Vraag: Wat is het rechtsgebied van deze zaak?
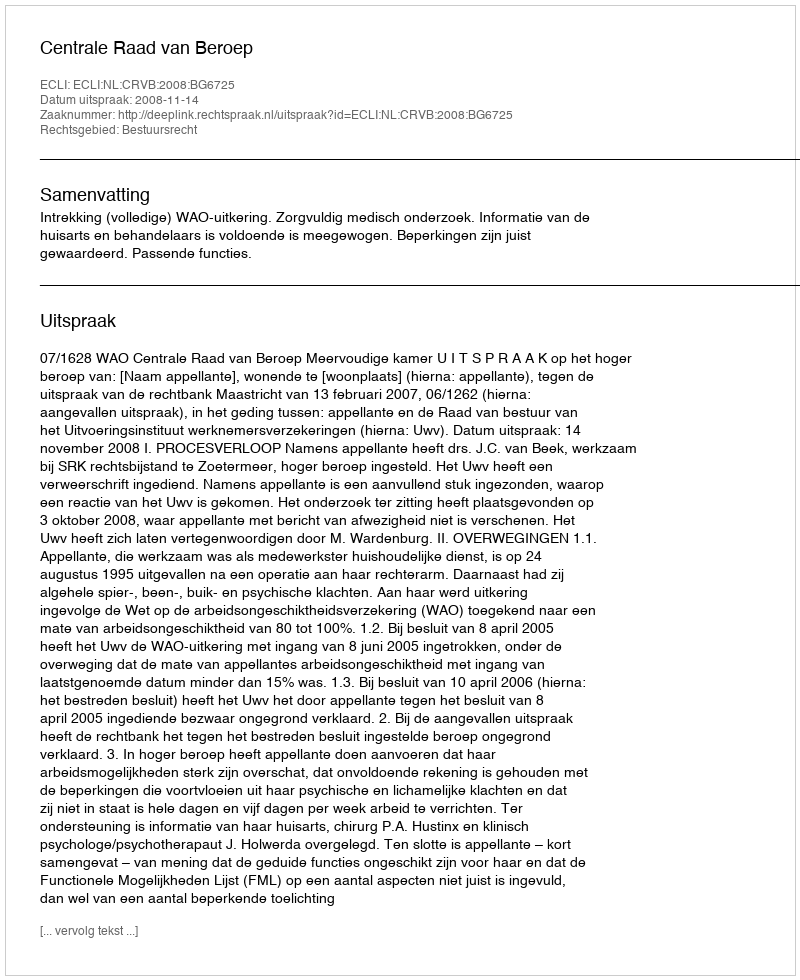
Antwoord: Bestuursrecht